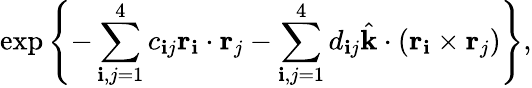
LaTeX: \exp\left\{ -\sum_{\mathbf{i},j=1}^{4}c_{\mathbf{i}j}\mathrm{{\mathbf{r}}}_{\mathbf{i}}\cdot\mathrm{{\mathbf{r}}}_{j}-\sum_{\mathbf{i},j=1}^{4}d_{\mathbf{i}j}\hat{{\mathrm{{\mathbf{k}}}}}\cdot(\mathrm{{\mathbf{r}}}_{\mathbf{i}}\times\mathrm{{\mathbf{r}}}_{j})\right\} ,